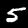
Label: 5